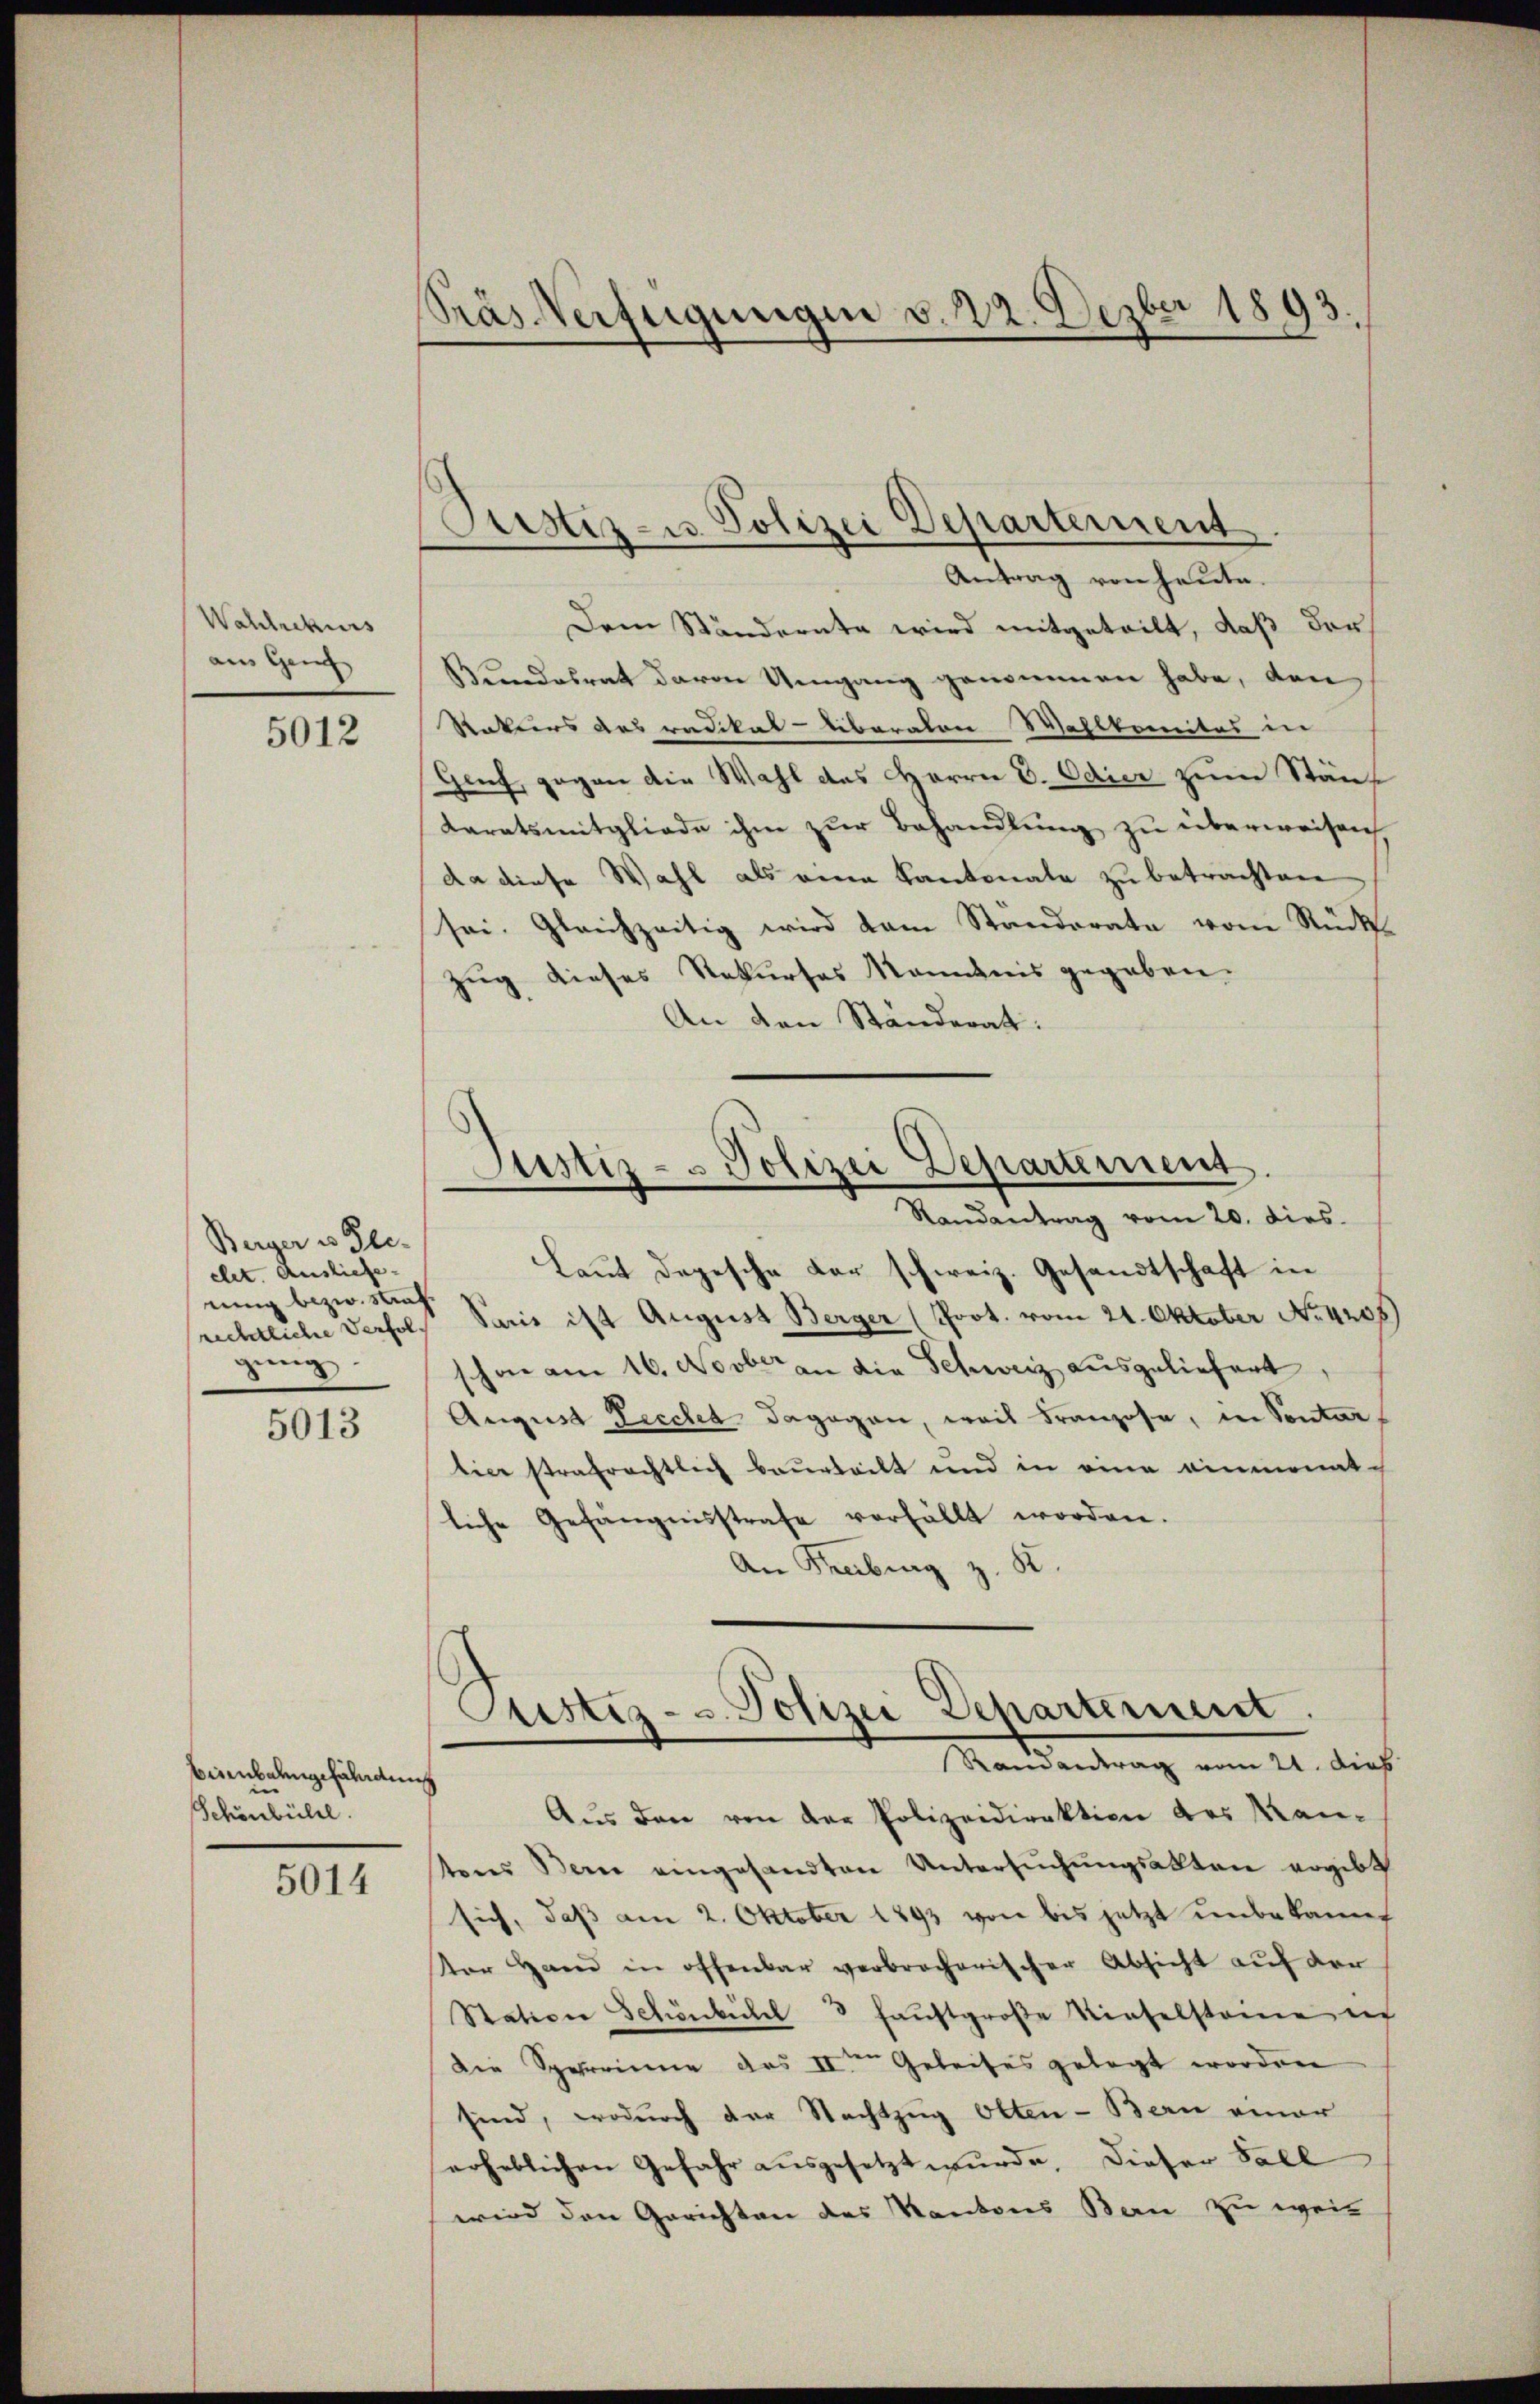
Wahlrekurs
am Ganz

5012

Berger es Ple-
elet. Ausliefe.
nung bezw. Straf.
rechtliche Verfolgŭng.

5013

Birnbahngefährdung
Schönbühl.

5014

Präs. Verfügungen v. 22. Dezber 1893.

Pustiz- u. Polizei Departement

Antrag von heute.
Dem Ständernte wird mitgeteilt, daß der
Kundesrat davon Umgang genommen habe, den
Rakurs des radikal-Liberaton Wahlkomites in
Genf, gegen die Wahl des Herrn D. Odier zum Stän¬
Karatsmitgliede ihm zur Behandlung zu überweisen
da diese Wahl als eine Kantonale zu betrachten
sei. Gleichzeitig wird dem Standerate vom Rück
Zug dieses Rekurses Kanonis gegeben.
An den Ständerat:
Laut depesche der schweiz. Gesandtschaft in
Paris ist August Berger (Prot. vom 21. Oktober No. 4205)
schon am 16. Novber an die Schweiz ausgeliefert,
August Pecchet dagegen, weil Franzose, in Sontar
tice strafrechtlich beurteilt und in eine einmonatliche Gefängnisstrafe verfällt worden.
An Freibung z. B.
Custiz- u. Polizei Departement.
Mandantrag vom 21. dies
Aus den von der Polizeidirektion des Manteres Bern angesandten Untersŭchŭngsakten ergibt
sich, daß am 2. Oktober 1893 von bis jetzt unbekannt
Vor Hand in offenbar verbrocherischer Absicht auf der
Station Schönbichl 3 faustgroße Rieselstanie ich
Die Sperrinne das IIten Geleises gelegt worden
sind, wodurch der Nachtzug Otten-Bern einer
erheblichen Gefahr aŭsgesetzt wurde, dieser Fall
wird den Gerichten des Kantons Bern zu weit

Justiz- u Polizei Departement.
Randantrag vom 20. dies